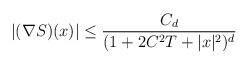
LaTeX: \begin{align*}\begin{gathered}|(\nabla S) (x)| \le \frac{C_d}{(1+ 2C^2 T + |x|^2 )^d}\end{gathered}\end{align*}